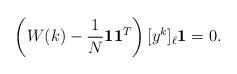
LaTeX: \begin{align*}\left(W(k)-\frac{1}{N}\mathbf{1}\mathbf{1}^T\right)[y^{k}]_\ell\mathbf{1}=0.\end{align*}